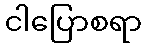
ငါပြောစရာ